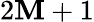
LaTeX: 2\mathbf{M}+1